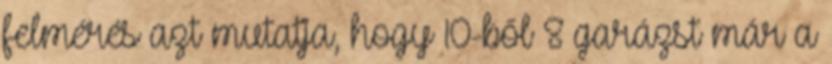
felmérés azt mutatja, hogy 10-ből 8 garázst már a